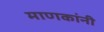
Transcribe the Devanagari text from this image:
माणकांनी